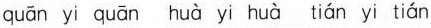
quān' yī quānhuà yi huà tián yi tián